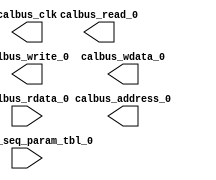
module emif_calbus_0 (
		output wire          calbus_read_0,          //   emif_calbus_0.calbus_read,          EMIF Calibration component bus for read
		output wire          calbus_write_0,         //                .calbus_write,         EMIF Calibration component bus for write
		output wire [19:0]   calbus_address_0,       //                .calbus_address,       EMIF Calibration component bus for address
		output wire [31:0]   calbus_wdata_0,         //                .calbus_wdata,         EMIF Calibration component bus for write data
		input  wire [31:0]   calbus_rdata_0,         //                .calbus_rdata,         EMIF Calibration component bus for read data
		input  wire [4095:0] calbus_seq_param_tbl_0, //                .calbus_seq_param_tbl, EMIF Calibration component bus for parameter table data
		output wire          calbus_clk              // emif_calbus_clk.clk,                  EMIF Calibration component bus for the clock
	);
endmodule